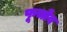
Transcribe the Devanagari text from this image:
फूचोव